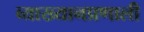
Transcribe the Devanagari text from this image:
व्याख्यानप्रणाली